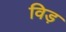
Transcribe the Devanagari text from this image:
विड़